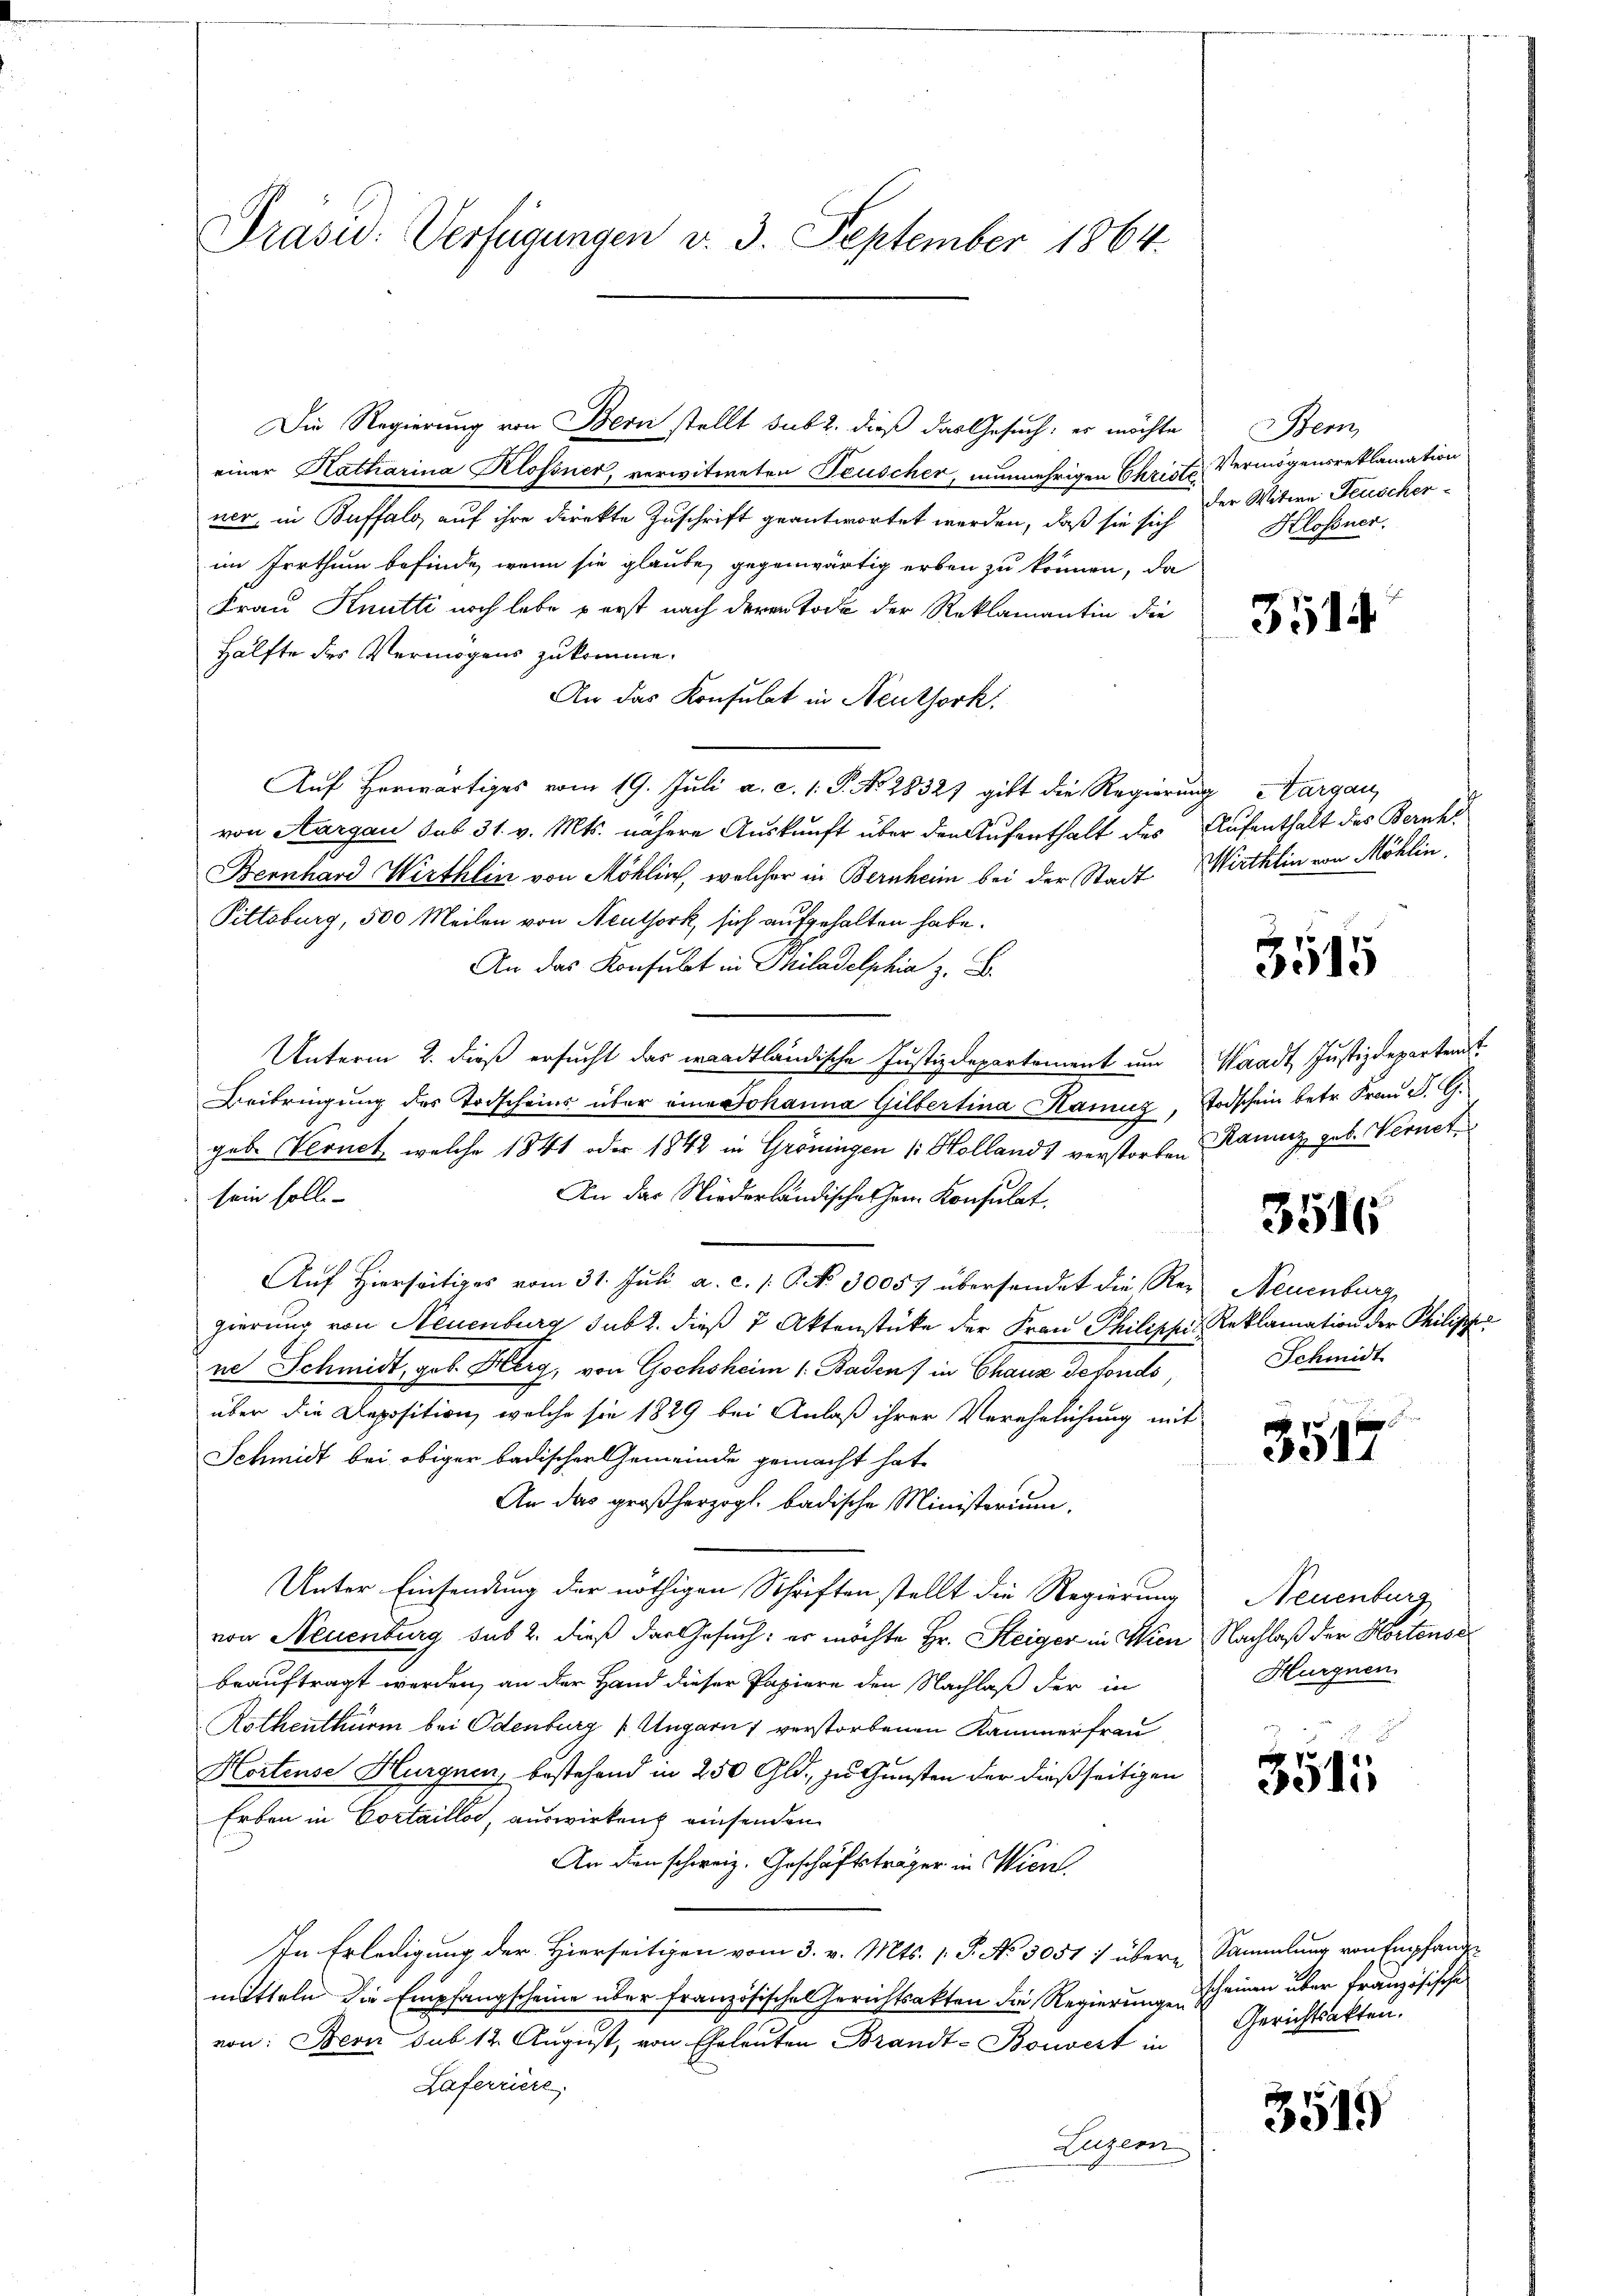
Präsid. Verfügungen v. 3. September 1864.

Die Regierung von Bern stellt sub 2. dieß das Gesuch, er möchte
einer Katharina Klossner, verwitweten Teuscher, nunmehrigen Christe Vermögensreklamation
ner, in Buffalo, auf ihre direkte Zuschrift geantwortet werden, daß sie sich
im Irrthum befinde, wenn sie glaube, gegenwärtig erben zu können, da
Frau Knutti noch lebe perst nach deren Tode der Reklamantin die
Hälfte des Vermögens zukomme.
An das Konsulat in Neuthork.
Auf herwärtiges vom 19. Juli a. c. 1. P. No. 2832) gibt die Regierung Aargau,
von Aargau sub 31. v. Mts. nähere Auskunft über den Aufenthalt des Aufenthalt des Beruht
Bernhard Wirthlin von Möhlich, welcher in Bernheim bei der Stadt Wirthlin von Möhlin,
Pittsburg, 500 Meilen von Neuthork, sich aufgehalten habe.
An das Konsulat in Philadelphia z. B.
Unterm 2. dieß ersucht das waadtländische Justizdepartement um Waadt, Justizdepartenst
Beibringung des Todscheins über eine Johanna Gilbertina Hainz, Todschein betr. Frau P. G.
geb. Vernet welche 1841 oder 1848 in Gröningen (Holland) verstorben Kauz geb. Vernet
An der Niederländische Hrn. Konsulat
sein solle-
Auf Hierseitiges vom 31. Juli a. c. 1. No. 30057 übersendet die Regierung von Neuenburg subr. dieß 2 Aktenstücke der Frau Philippis Reklamation der Philippe
ne Schmidt, geb. Herg, von Gochsheim 1. Baden) in Chaux defonds,
über die Deposition, welche sie 1889 bei Anlaß ihrer Verehelichung mit
Schmidt bei obiger badischer Gemeinde gemacht hat.
An das großherzogl. badische Ministerium.
Unter Einsendung der nöthigen Schriften stellt die Regierung
von Neuenburg sub 2. dieß der Gesuch: es möchte Hr. Steiger in Wien Nachlaß der Kortense
beauftragt werden, an der Hand dieser Papiere den Nachlaß der in
Rothenthürm bei Odenburg [Ungarn 1 verstorbenen Kammerfrau
Hortense Hurgnen, bestehend in 250 Gld. zu Gunsten der dießseitigen
Erben in Cortaillos, auswirken einsenden
An den schweiz. Geschäftsträger in Wien.
In Erledigung der Hierseitigen vom 3. v. Mts. 1. P. No 5051 1 übere Sammlung von Empfanden
mitteln die Empfangscheine über französische Gerichtsakten die Regierungescheinen über französische
von: Bern sub 12. August, von Eheleuten Brandt-Bouvert in
Laferriere
Luzern

Bem
der Witwe Feuscher-
Klossner.

3514

3515

3516

Neuenburg
Schmidt

3517

Neuenburg
Hurgnen.

3511

Gerichtsakten.

3513